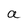
Character: a